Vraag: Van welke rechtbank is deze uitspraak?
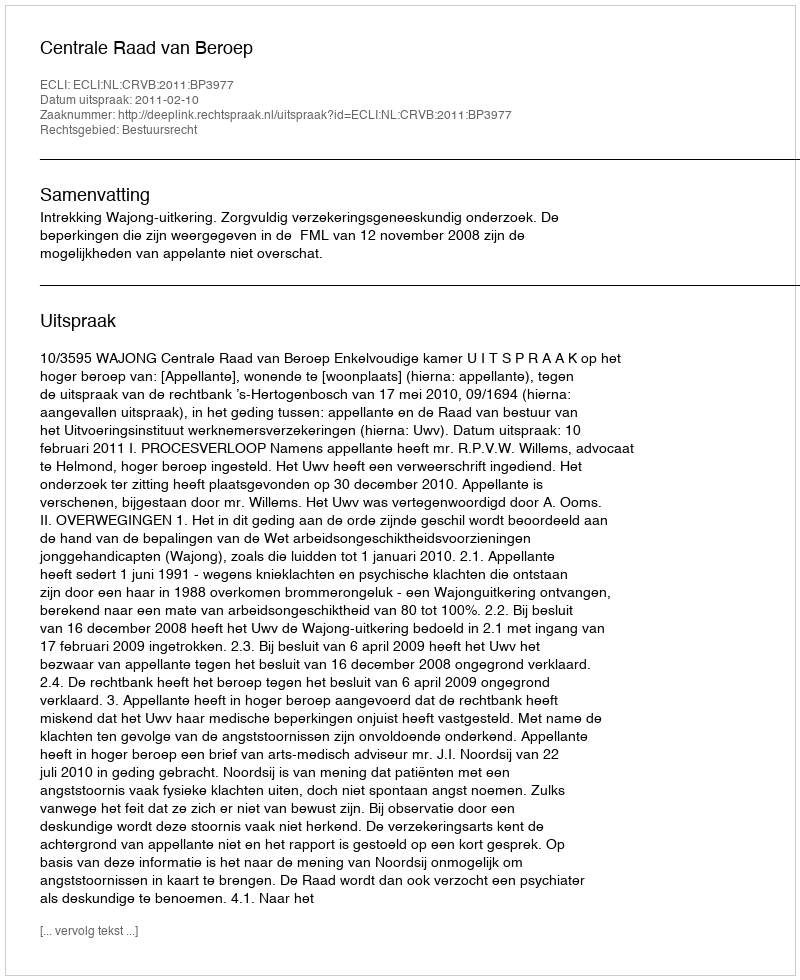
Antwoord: Centrale Raad van Beroep